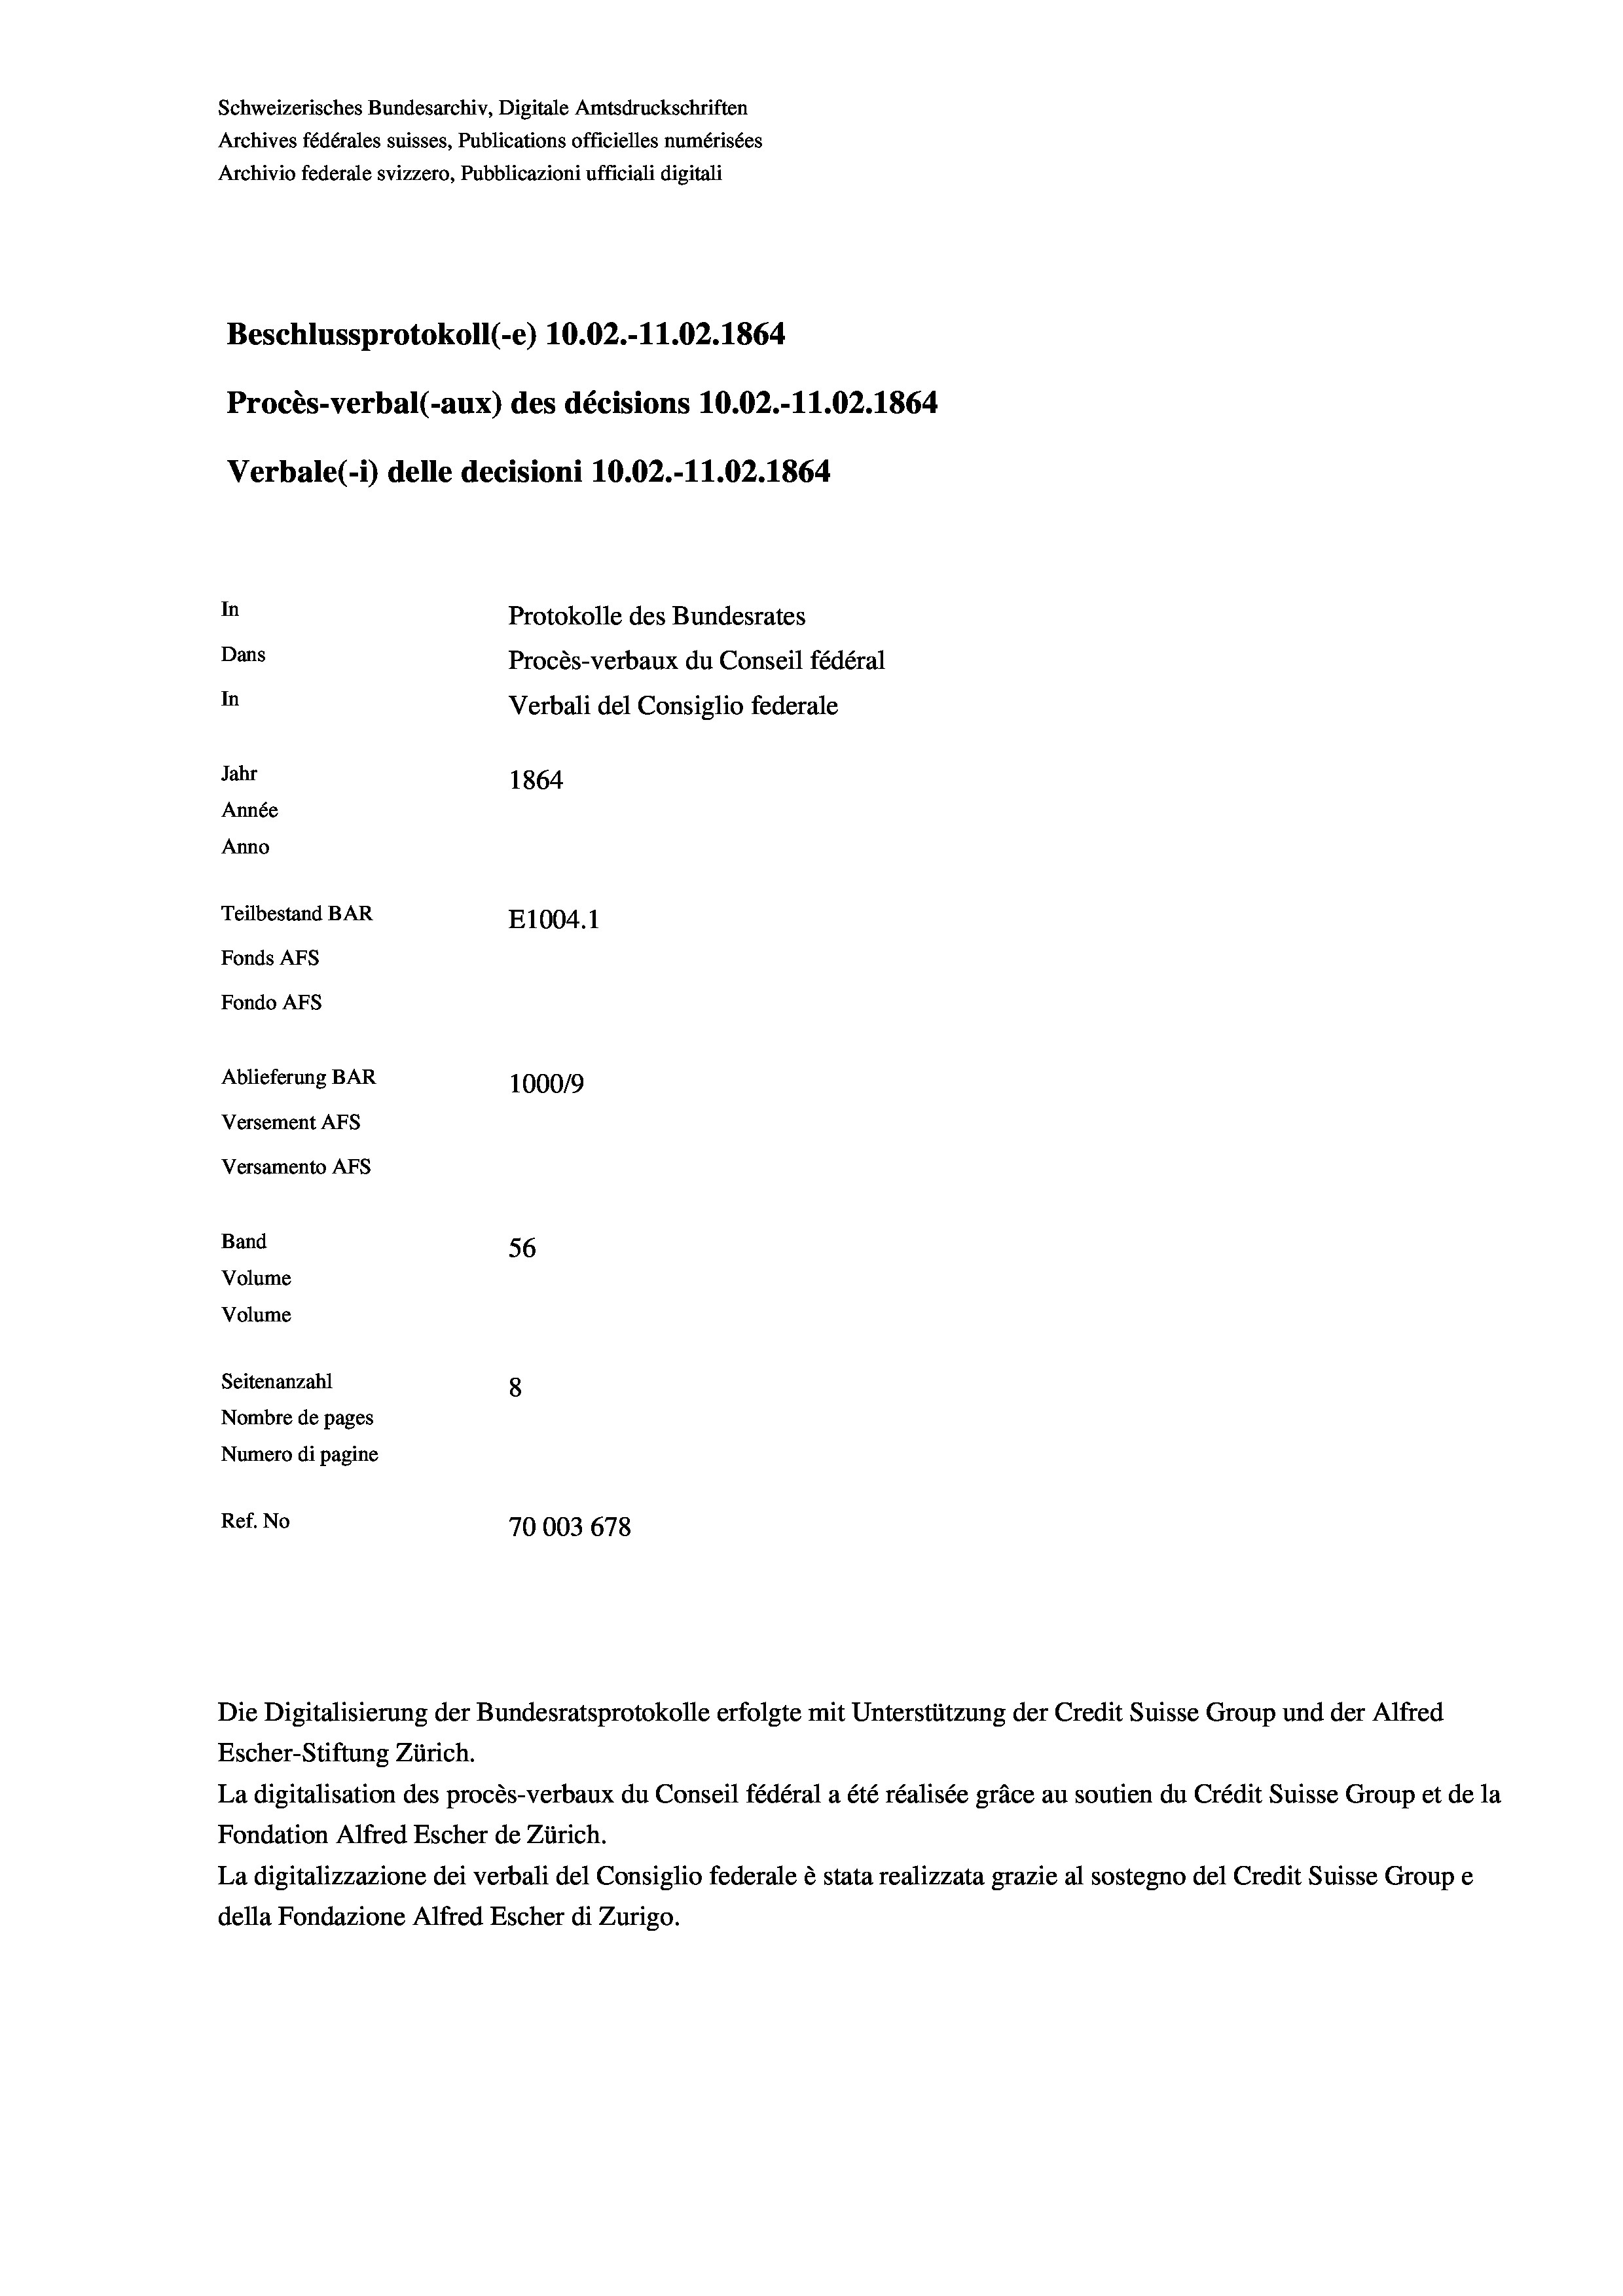
Beschlussprotokoll (-e) 10.02.-11.02. 1864
Procès-verbal (-aux) des décisions 10.02.-11.02. 1864
Verbale (1) delle decisioni 10.02.-11.02. 1864.
In
Protokolle des Bundesrates
Dans
Procès-verbaux du Conseil fédéral
In
Verbali del Consiglio federale
Jahr
1864
Année
Anno
Teilbestand BAR
E1004.1
Fonds AFs
Fondo AFS

Ablieferung BAR
Versement As
Versamento Afs
Band
Volume
Volume
Seitenanzahl

Schweizerisches Bundesarchiv, Digitale Amtsdruckschriften
Archives fédérales suisses, Publications officielles numérisées
Archivio federale svizzero, Pubblicazioni ufficiali digitali

100019
56
8
Nombre de pages
Numero di pagine
Ref. No
70003 678

La digitalisation des procès-verbaux du Conseil fédéral a été réalisée gräce au soutien du Crédit Suisse Group et de la
Fondation Alfred Escher de Zürich.
La digitalizzazione dei verbali del Consiglio federale è stata realizzata grazie al sostegno del Credit Suisse Groupe
della Fondazione Alfred Escher di Zurigo.

Die Digitalisierung der Bundesratsprotokolle erfolgte mit Unterstützung der Credit Suisse Group und der Alfred
Escher-Stiftung Zürich.